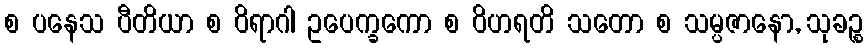
စ ပနေသ ပီတိယာ စ ဝိရာဂါ ဥပေက္ခကော စ ဝိဟရတိ သတော စ သမ္ပဇာနော, သုခဉ္စ